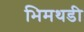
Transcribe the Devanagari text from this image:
भिमथडी